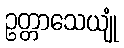
ဥတ္တာသေယျုံ